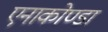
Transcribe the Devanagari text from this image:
एनाकोण्डा